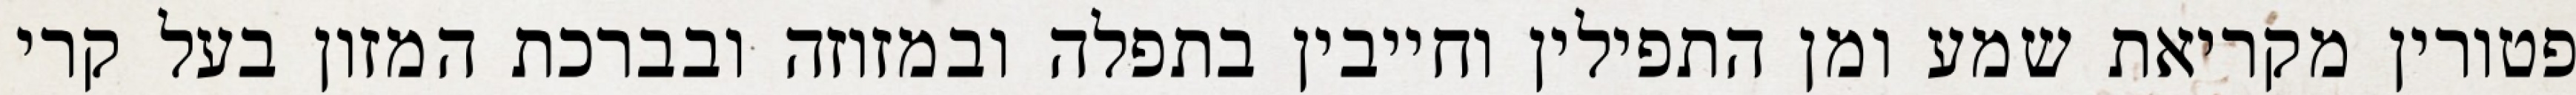
פטורין מקריאת שמע ומן התפילין וחייבין בתפלה ובמזוזה ובברכת המזון בעל קרי